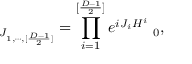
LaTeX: { \bf \Phi } _ { J _ { 1 , \cdots , [ { \frac { D - 1 } { 2 } } ] } } = \prod _ { i = 1 } ^ { [ { \frac { D - 1 } { 2 } } ] } e ^ { { i J _ { i } H ^ { i } } } { \bf \Phi } _ { 0 } ,